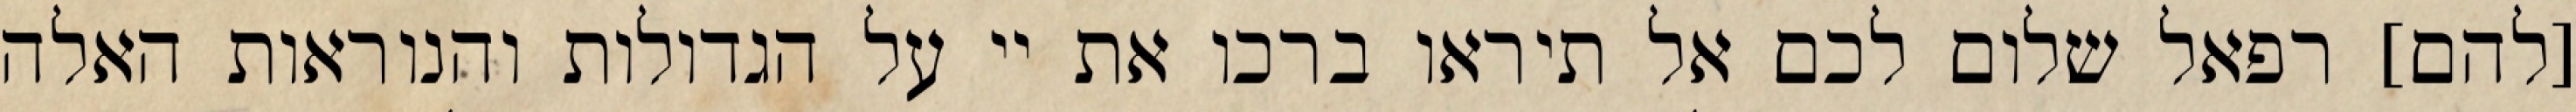
[להם] רפאל שלום לכם אל תיראו ברכו את יי על הגדולות והנוראות האלה